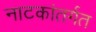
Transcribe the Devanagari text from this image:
नाटकांतर्गत